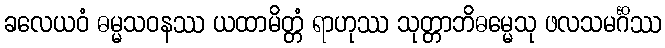
ခလေယဝံ ဓမ္မသဝနဿ ယထာမိတ္တံ ရာဟုဿ သုတ္တာဘိဓမ္မေသု ဖလသမင်္ဂိဿ